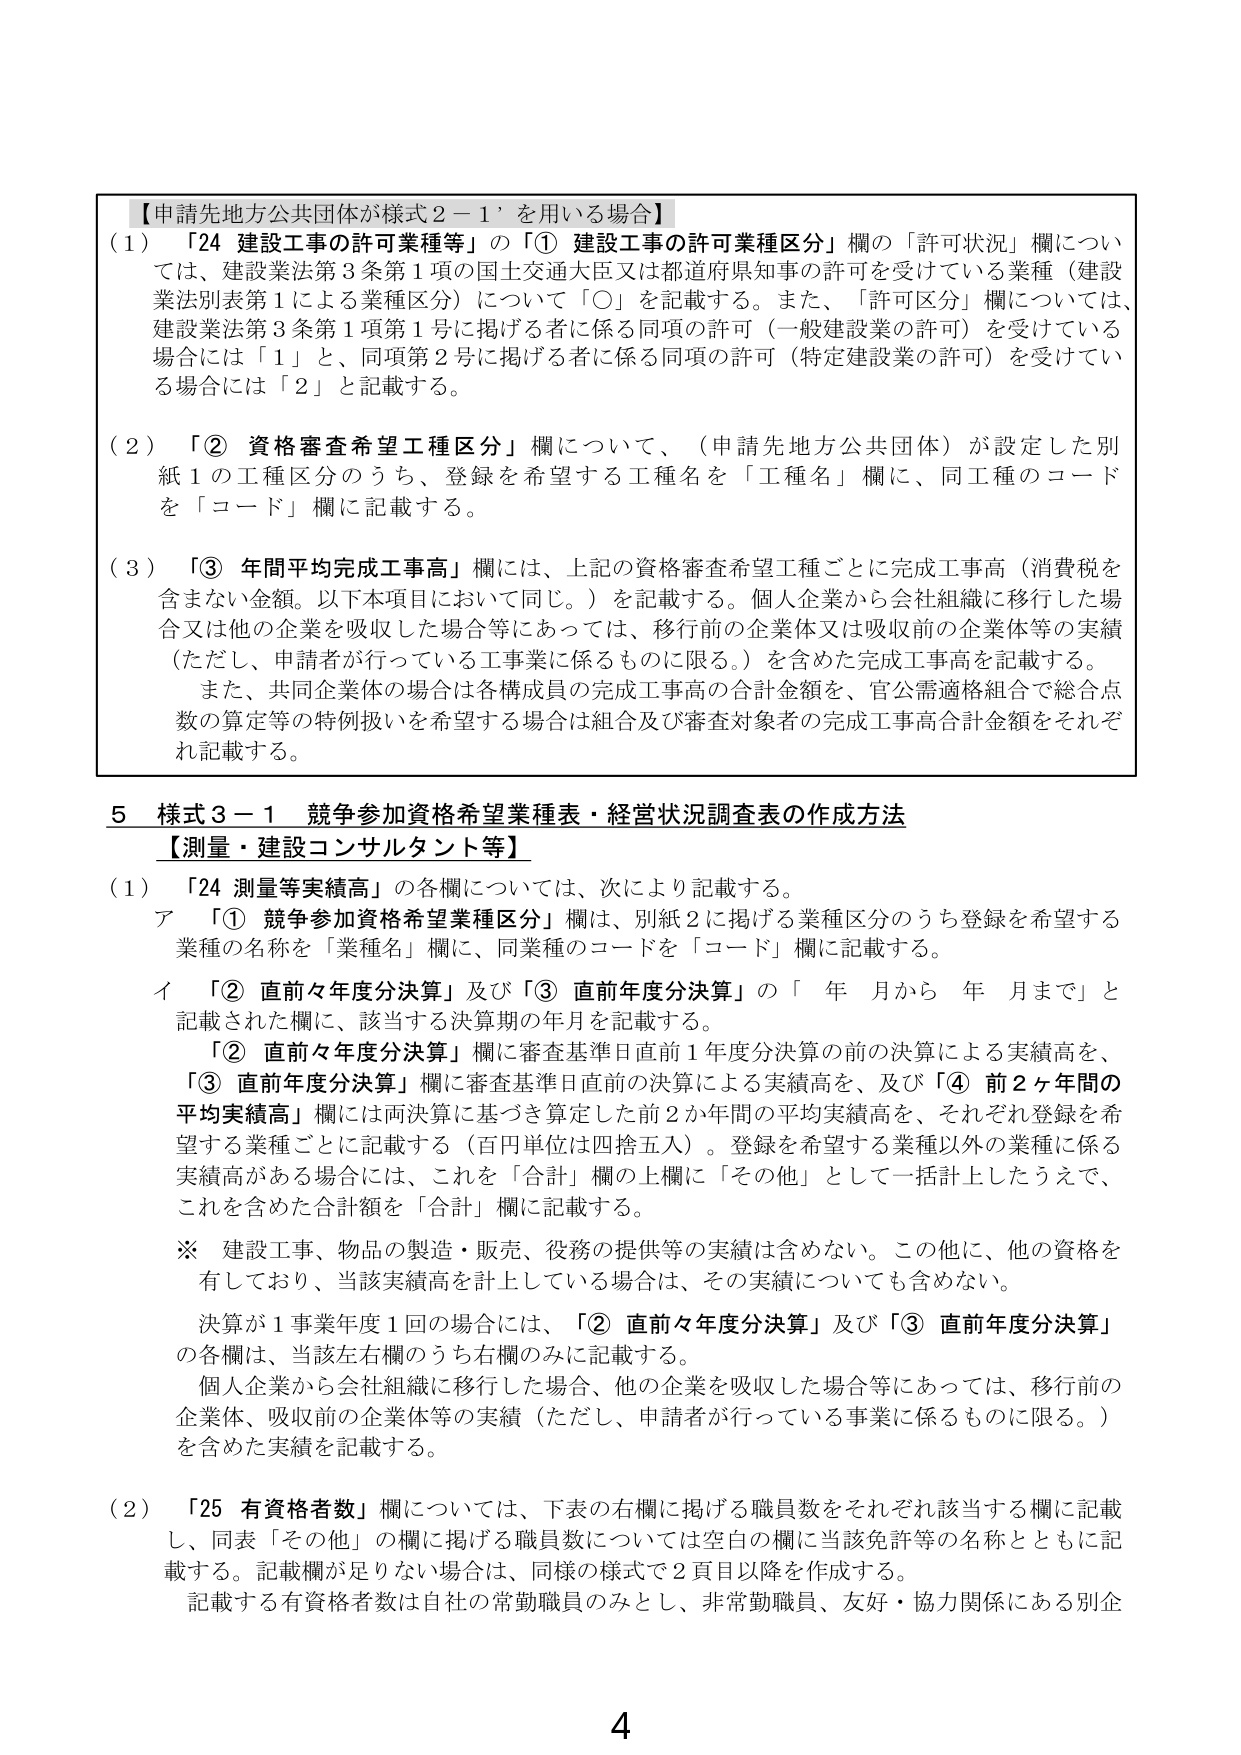
【申請先地方公共団体が様式２－１’を用いる場合】
（１）「24 建設工事の許可業種等」の「① 建設工事の許可業種区分」欄の「許可状況」欄については、建設業法第３条第１項の国土交通大臣又は都道府県知事の許可を受けている業種（建設業法別表第１による業種区分）について「○」を記載する。また、「許可区分」欄については、建設業法第３条第１項第１号に掲げる者に係る同項の許可（一般建設業の許可）を受けている場合には「１」と、同項第２号に掲げる者に係る同項の許可（特定建設業の許可）を受けている場合には「２」と記載する。

（２）「② 資格審査希望工種区分」欄について、（申請先地方公共団体）が設定した別紙１の工種区分のうち、登録を希望する工種名を「工種名」欄に、同工種のコードを「コード」欄に記載する。

（３）「③ 年間平均完成工事高」欄には、上記の資格審査希望工種ごとに完成工事高（消費税を含まない金額。以下本項目において同じ。）を記載する。個人企業から会社組織に移行した場合又は他の企業を吸収した場合等にあっては、移行前の企業体又は吸収前の企業体等の実績（ただし、申請者が行っている工事業に係るものに限る。）を含めた完成工事高を記載する。
また、共同企業体の場合は各構成員の完成工事高の合計金額を、官公需適格組合で総合点数の算定等の特例扱いを希望する場合は組合及び審査対象者の完成工事高合計金額をそれぞれ記載する。

５ 様式３－１ 競争参加資格希望業種表・経営状況調査表の作成方法
【測量・建設コンサルタント等】
（１）「24 測量等実績高」の各欄については、次により記載する。
　ア 「① 競争参加資格希望業種区分」欄は、別紙２に掲げる業種区分のうち登録を希望する業種の名称を「業種名」欄に、同業種のコードを「コード」欄に記載する。
　イ 「② 直前々年度分決算」及び「③ 直前年度分決算」の「 年 月から 年 月まで」と記載された欄に、該当する決算期の年月を記載する。
　　　「② 直前々年度分決算」欄に審査基準日直前１年度分決算の前の決算による実績高を、
　　　「③ 直前年度分決算」欄に審査基準日直前の決算による実績高を、及び「④ 前２ヶ年間の平均実績高」欄には両決算に基づき算定した前２か年間の平均実績高を、それぞれ登録を希望する業種ごとに記載する（百円単位は四捨五入）。登録を希望する業種以外の業種に係る実績高がある場合には、これを「合計」欄の上欄に「その他」として一括計上したうえで、これを含めた合計額を「合計」欄に記載する。
　※ 建設工事、物品の製造・販売、役務の提供等の実績は含めない。この他に、他の資格を有しており、当該実績高を計上している場合は、その実績についても含めない。
　　　決算が１事業年度１回の場合には、「② 直前々年度分決算」及び「③ 直前年度分決算」の各欄は、当該左右欄のうち右欄のみに記載する。
　　　個人企業から会社組織に移行した場合、他の企業を吸収した場合等にあっては、移行前の企業体、吸収前の企業体等の実績（ただし、申請者が行っている事業に係るものに限る。）を含めた実績を記載する。

（２）「25 有資格者数」欄については、下表の右欄に掲げる職員数をそれぞれ該当する欄に記載し、同表「その他」の欄に掲げる職員数については空白の欄に当該免許等の名称とともに記載する。記載欄が足りない場合は、同様の様式で２頁目以降を作成する。
　　　記載する有資格者数は自社の常勤職員のみとし、非常勤職員、友好・協力関係にある別企

4